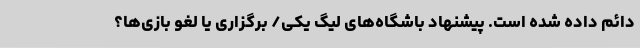
دائم داده شده است. پیشنهاد باشگاه‌های لیگ یکی/ برگزاری یا لغو بازی‌ها؟